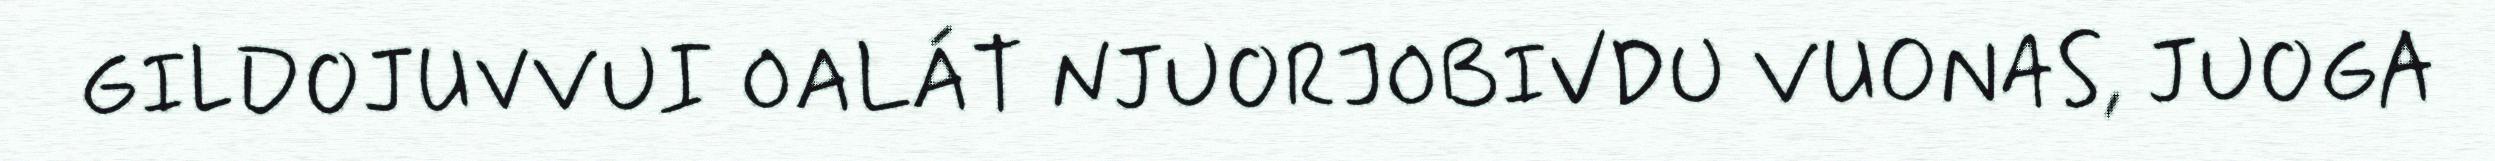
GILDOJUVVUI OALÁT NJUORJOBIVDU VUONAS, JUOGA